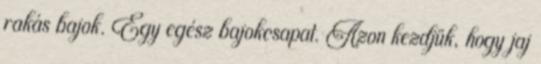
rakás bajok. Egy egész bajokcsapat. Azon kezdjük, hogy jaj